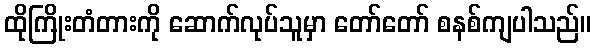
ထိုကြိုးတံတားကို ဆောက်လုပ်သူမှာ တော်တော် စနစ်ကျပါသည်။